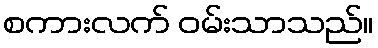
စကားလက် ဝမ်းသာသည်။